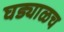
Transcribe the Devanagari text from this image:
घड्याळच